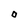
Character: O